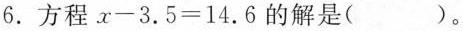
6.方程 $$x - 3 . 5 =1 4 . 6$$ 的解是()。